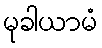
မုခါယာမံ